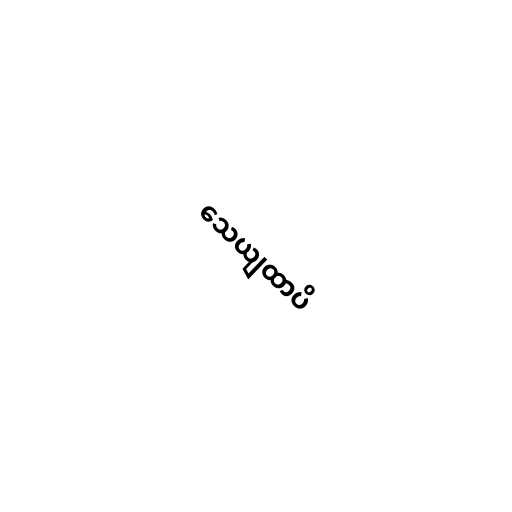
သေယျထာပိ